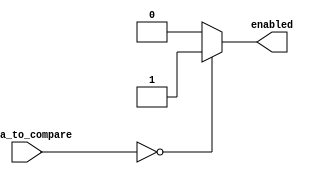
module Comparator #(parameter DATA_SIZE = 11, THRESHOLD = 0)(
		input [DATA_SIZE - 1 : 0] data_to_compare,
		output 					 			enabled
    );
	 
	 assign enabled = (data_to_compare == THRESHOLD)?(1):(0);

endmodule